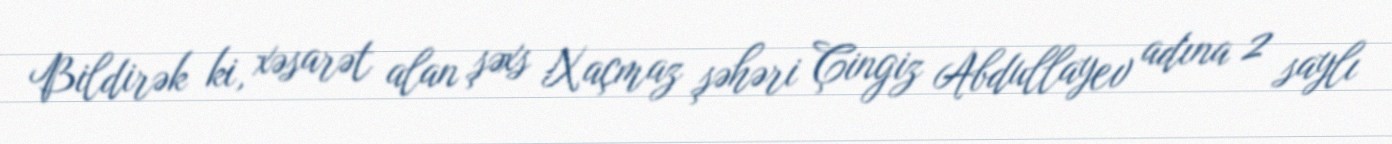
Bildirək ki, xəsarət alan şəxs Xaçmaz şəhəri Çingiz Abdullayev adına 2 saylı